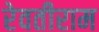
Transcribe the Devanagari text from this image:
रेवतीराम